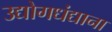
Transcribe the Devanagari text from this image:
उद्योगधंद्याना